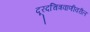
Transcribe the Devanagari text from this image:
दूरदचित्रवाणीवरील